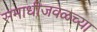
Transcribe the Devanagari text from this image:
समाधीजवळच्या